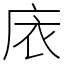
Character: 庡